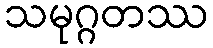
သမုဂ္ဂတဿ